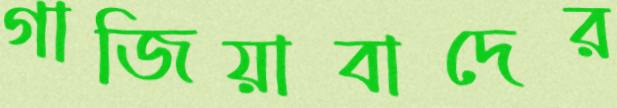
গাজিয়াবাদের